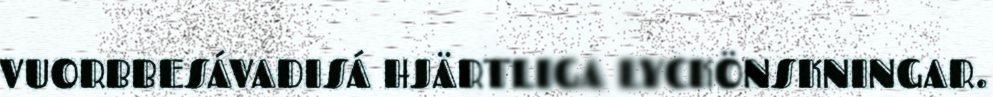
VUORBBESÁVADISÁ HJÄRTLIGA LYCKÖNSKNINGAR.